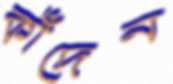
কাঁদেন